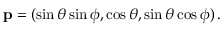
\mathrm { \bf p } = ( \sin \theta \sin \phi , \cos \theta , \sin \theta \cos \phi ) \, .